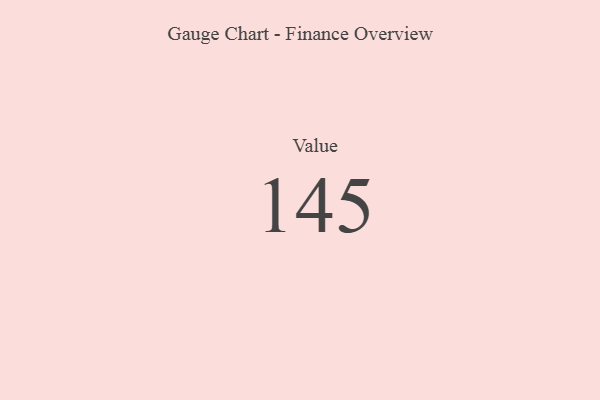
{"axis": {"x": "Metric", "y": "Value"}, "legend": [""], "data": [{"x": "Value", "y": 145, "type": ""}]}